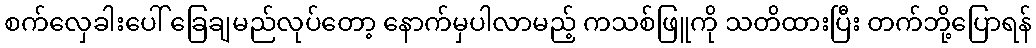
စက်လှေခါးပေါ် ခြေချမည်လုပ်တော့ နောက်မှပါလာမည့် ကသစ်ဖြူကို သတိထားပြီး တက်ဘို့ပြောရန်